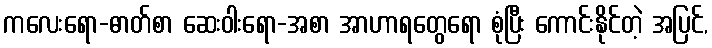
ကလေးရော-ဓာတ်စာ ဆေးဝါးရော-အစာ အာဟာရတွေရော စုံပြီး ကောင်းနိုင်တဲ့ အပြင်,